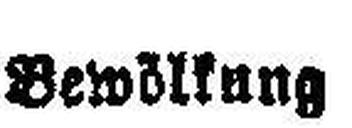
Bewölkung